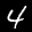
Label: 4